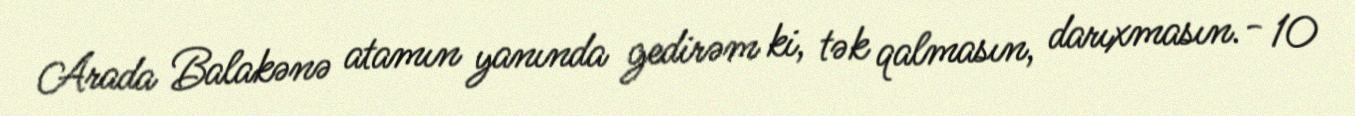
Arada Balakənə atamın yanında gedirəm ki, tək qalmasın, darıxmasın.- 10